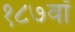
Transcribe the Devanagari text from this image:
१८७वॉ